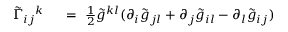
\begin{array} { r l } { \tilde { \Gamma } _ { i j } { } ^ { k } \ } & { { } = \ \frac 1 2 \tilde { g } ^ { k l } ( \partial _ { i } \tilde { g } _ { j l } + \partial _ { j } \tilde { g } _ { i l } - \partial _ { l } \tilde { g } _ { i j } ) } \end{array}